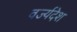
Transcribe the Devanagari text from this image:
वर्ज्यदेश